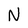
Character: N